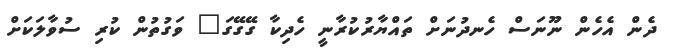
ދެން އެހެން ނޫނަސް ހެނދުނަށް ތައްޔާރުކުރާނީ ހެދިކާ ގޭގޭގަ" ވަގުތުން ކުރި ސުވާލަކަށް